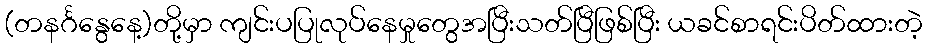
(တနင်္ဂနွေနေ့)တို့မှာ ကျင်းပပြုလုပ်နေမှုတွေအပြီးသတ်ပြီဖြစ်ပြီး ယခင်စာရင်းပိတ်ထားတဲ့